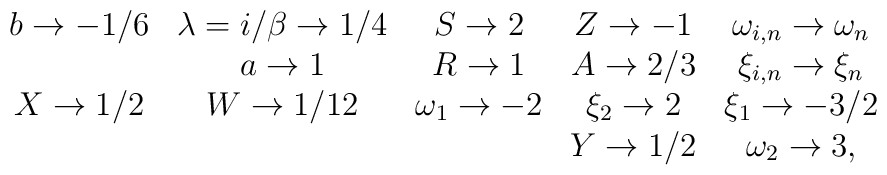
\begin{array}{ccccc}b \rightarrow -1/6 & \lambda=i/\beta \rightarrow 1/4 &S \rightarrow 2 & Z \rightarrow -1 & \omega_{i,n} \rightarrow \omega_{n} \\& a \rightarrow 1 & R \rightarrow 1 & A \rightarrow 2/3 &\xi_{i,n} \rightarrow \xi_{n} \\X \rightarrow 1/2 & W \rightarrow 1/12 & \omega_{1} \rightarrow -2 &\xi_{2} \rightarrow 2 & \xi_{1} \rightarrow -3/2 \\& & & Y \rightarrow 1/2 & \omega_{2} \rightarrow 3,\end{array}